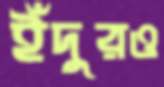
ইঁদুরও